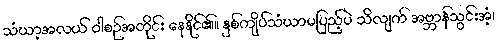
သံဃာ့အလယ် ဝါစဉ်အတိုင်း နေနိုင်၏။ နှစ်ကျိပ်သံဃာမပြည့်ပဲ သိလျက် အဗ္ဘာန်သွင်းအံ့၊